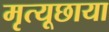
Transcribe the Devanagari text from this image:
मृत्यूछाया